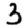
Digit: 3